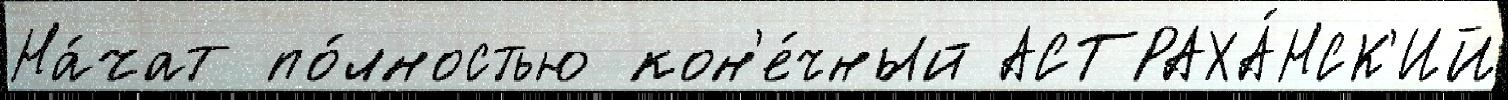
На́чат по́лностью кон'е́чный АСТРАХА́НСК'ИЙ